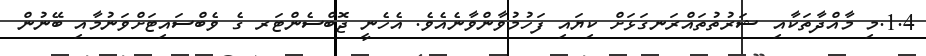
1.4.މި މާއްދާތަކާއި ޝަރުތުތައްރަނގަޅަށް ކިޔައި ފަހުމުވާންވާނެއެވެ. އެހެނީ ޖޮބްސެންޓަރ ގެ ވެބްސައިޓަށްވަނުމާއި ބޭނުން